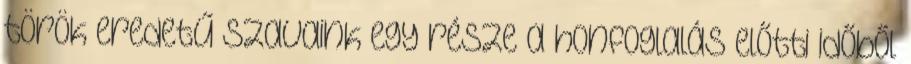
török eredetű szavaink egy része a honfoglalás előtti időből